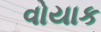
વોયાક